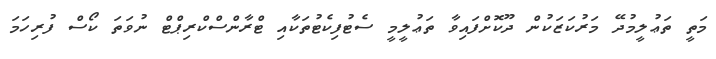
މަތީ ތަޢުލީމުދޭ މަރުކަޒަކުން ދޫކޮށްފައިވާ ތަޢުލީމީ ސެޓުފިކެޓުތަކާއި ޓްރާންސްކްރިޕްޓް ނުވަތަ ކޯސް ފުރިހަމަ